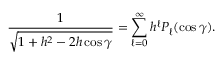
{ \frac { 1 } { \sqrt { 1 + h ^ { 2 } - 2 h \cos \gamma } } } = \sum _ { \ell = 0 } ^ { \infty } h ^ { \ell } P _ { \ell } ( \cos \gamma ) .